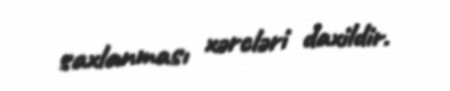
saxlanması xərcləri daxildir.